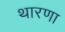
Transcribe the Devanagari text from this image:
थारणा